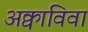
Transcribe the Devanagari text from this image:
अक्वाविवा